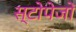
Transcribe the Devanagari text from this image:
स्टोपेजों